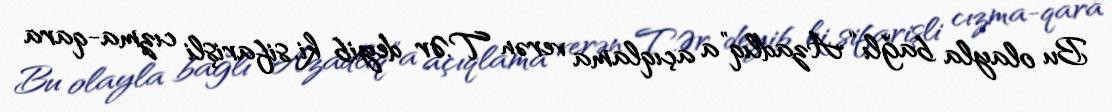
Bu olayla bağlı “Azadlıq”a açıqlama verən T.Ər deyib ki, sifarişli cızma-qara